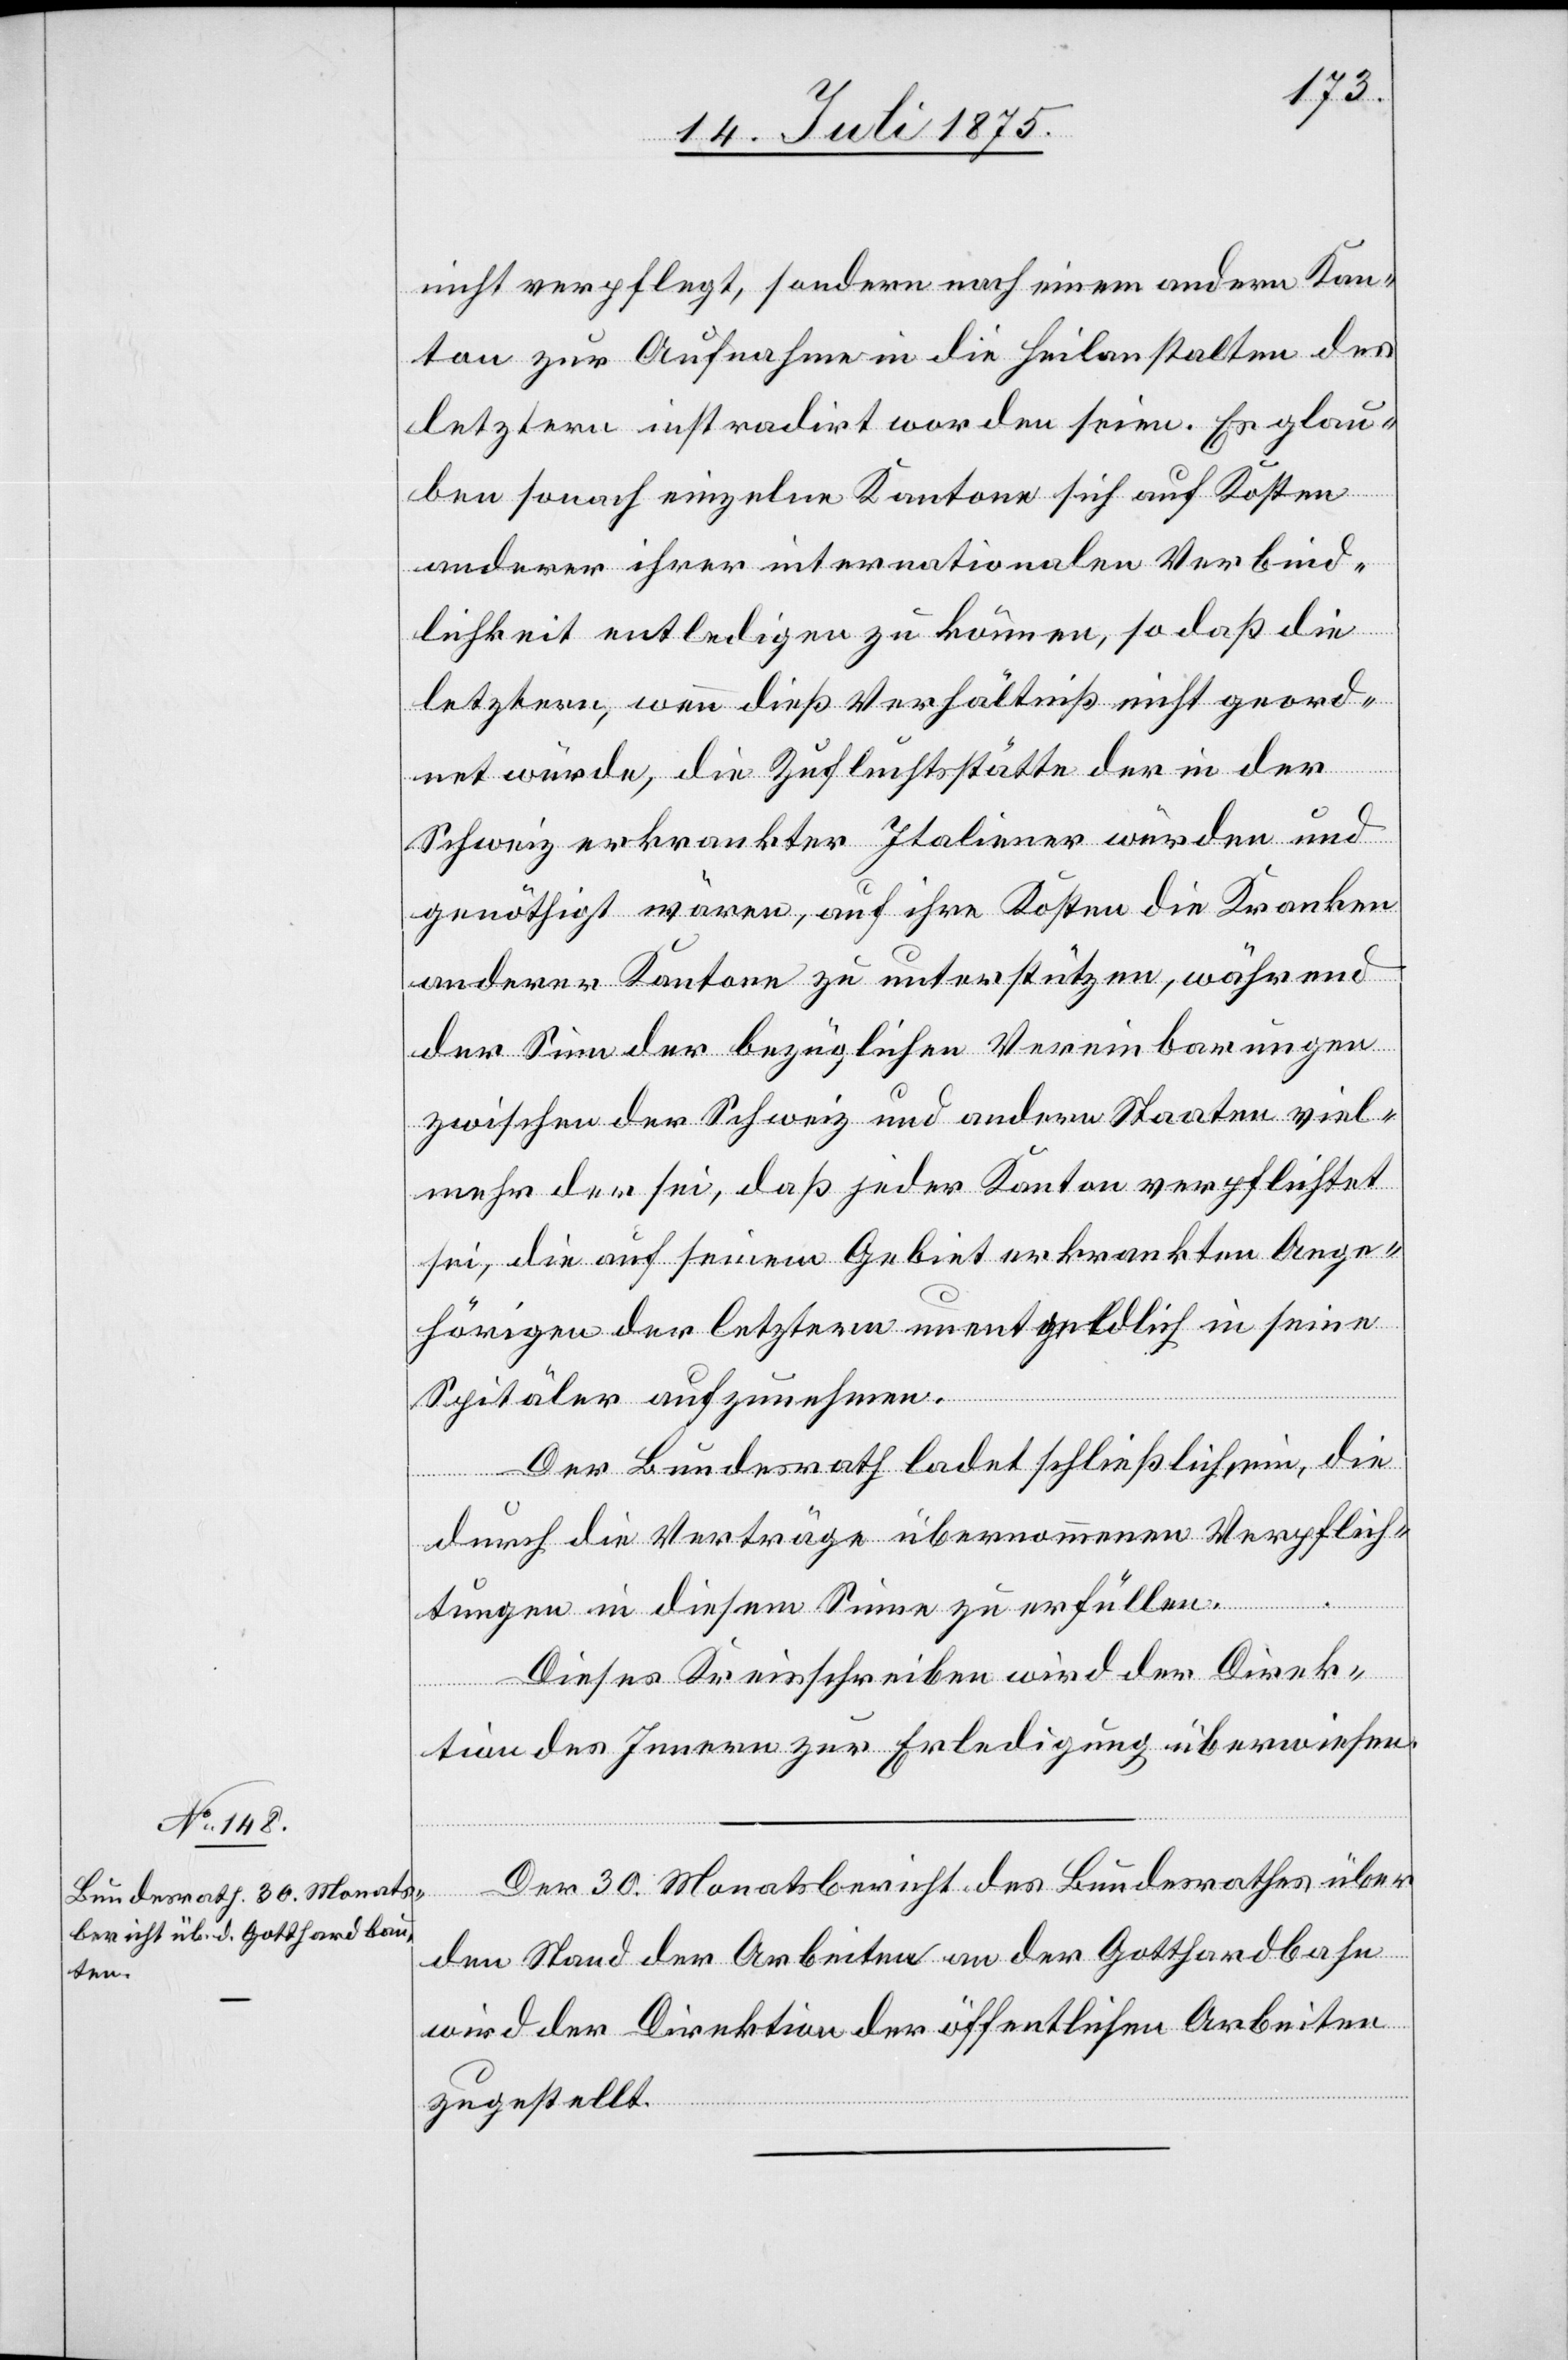
nicht verpflegt, sondern nach einem andern Kan¬
ton zur Aufnahme in die Heilanstalten des
letztern instradirt worden seien. Es glau¬
ben sonach einzelne Kantone sich auf Kosten
anderer ihrer internationalen Verbind¬
lichkeit entledigen zu können, so daß die
letztern, wenn dieses Verhältniß nicht geord¬
net würde, die Zufluchtsstätte der in der
Schweiz erkrankter Italiener würden und
genöthigt wären, auf ihre Kosten die Kranken
anderer Kantone zu unterstützen, während
der Sinn der bezüglichen Vereinbarung
zwischen der Schweiz und andern Staaten viel¬
mehr der, daß jeder Kanton verpflichtet
sei, die auf seinem Gebiet erkrankten Ange¬
hörigen der letztern unentgeldlich in seine
Spitäler aufzunehmen.
Der Bundesrath ladet schließlich ein, die
durch die Verträge übernommenen Verpflich¬
tungen in diesem Sinne zu erfüllen.
Dieses Kreisschreiben wird der Direk¬
tion des Innern zu Erledigung überwiesen.
Der 30. Monatsbericht des Bundesrathes über
den Stand der Arbeiten an der Gotthardbahn
wird der Direktion der öffentlichen Arbeiten
zugestellt.